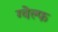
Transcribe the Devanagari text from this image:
ग्वेल्फ